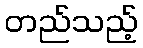
တည်သည့်